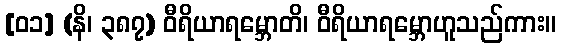
[၀၁] (နိ၊ ၃၈၇) ဝီရိယာရမ္ဘောတိ၊ ဝီရိယာရမ္ဘောဟူသည်ကား။